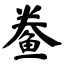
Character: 鲞